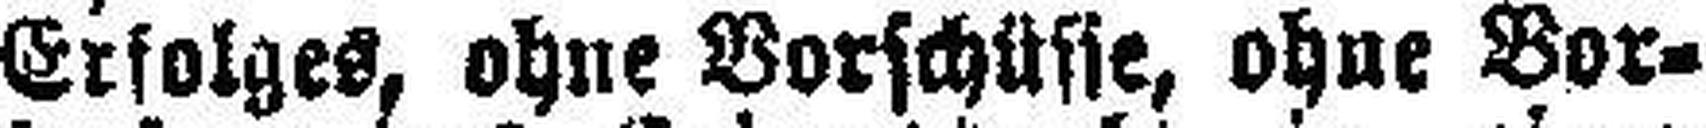
Erfolges, ohne Vorschüsse, ohne Bor¬